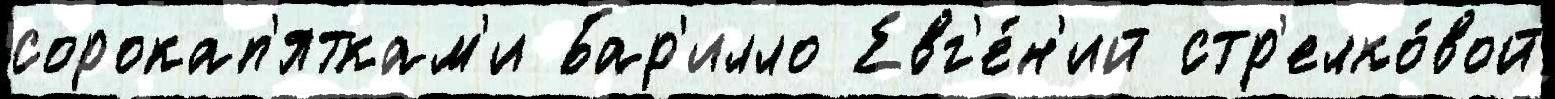
сорокап'яткам'и Бар'илло Евг'е́н'ий стр'елко́вой